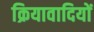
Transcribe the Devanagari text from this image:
क्रियावादियों